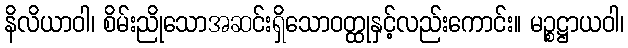
နိလိယာဝါ၊ စိမ်းညိုသောအဆင်းရှိသောဝတ္ထုနှင့်လည်းကောင်း။ မဉ္စဋ္ဌာယဝါ၊